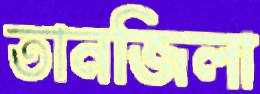
তানজিলা